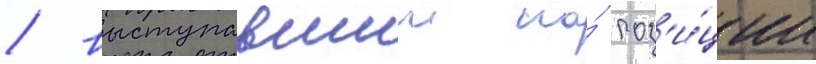
/ выступавшии на́ поз'и́ции